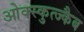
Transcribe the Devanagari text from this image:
ओक्स्कुत्ज्कैब